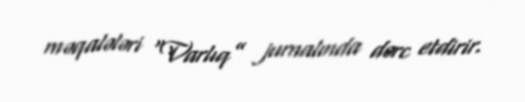
məqalələri “Varlıq” jurnalında dərc etdirir.